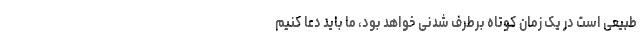
طبیعی است در یک زمان کوتاه برطرف شدنی خواهد بود، ما باید دعا کنیم